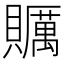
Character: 𧸱